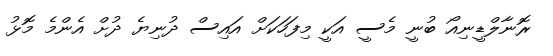
ރޮނާލްޑީނިއޯ ބުނީ މެސީ އަކީ މިފަހަކަށް އައިސް ދުނިޔެ ދުށް އެންމެ މޮޅު